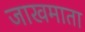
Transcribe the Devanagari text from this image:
जाखमाता